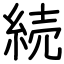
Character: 続